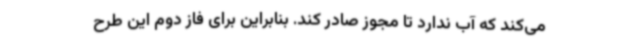
می‌کند که آب ندارد تا مجوز صادر کند. بنابراین برای فاز دوم این طرح